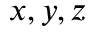
x , y , z